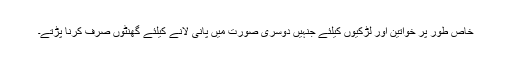
خاص طور پر خواتین اور لڑکیوں کیلئے جنہیں دوسری صورت میں پانی لانے کیلئے گھنٹوں صرف کرنا پڑتے۔